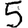
Digit: 5